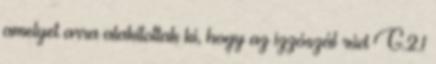
amelyet arra alakítottak ki, hogy az izzószál rúd G.2.1